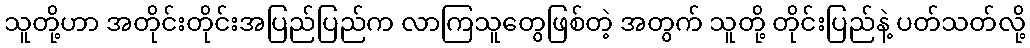
သူတို့ဟာ အတိုင်းတိုင်းအပြည်ပြည်က လာကြသူတွေဖြစ်တဲ့ အတွက် သူတို့ တိုင်းပြည်နဲ့ ပတ်သတ်လို့